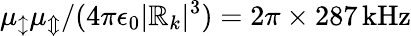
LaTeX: \mu_{\updownarrow}\mu_{\Updownarrow}/(4\pi\epsilon_{0}|\mathbb{R}_{k}|^{3})=2\pi\times287\, \mathrm{{kHz}}